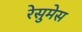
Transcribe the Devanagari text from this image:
रेसुमेस